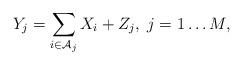
LaTeX: \begin{align*}Y_j = \sum_{i \in \mathcal{A}_j} X_i + Z_j, \; j = 1 \dots M,\end{align*}